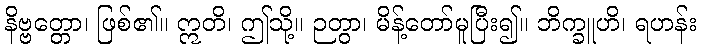
နိဗ္ဗတ္တော၊ ဖြစ်၏။ ဣတိ၊ ဤသို့။ ဉတွာ၊ မိန့်တော်မူပြီး၍။ ဘိက္ခူဟိ၊ ရဟန်း